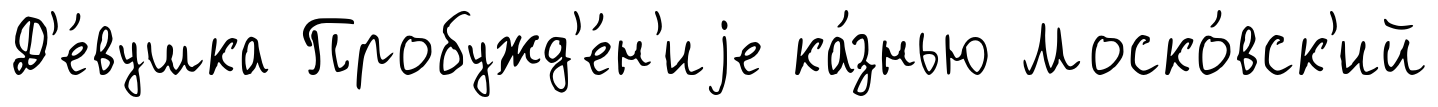
Д'е́вушка Пробужд'е́н'иjе ка́знью Моско́вск'ий